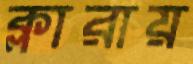
ক্লারায়